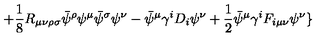
+ \frac { 1 } { 8 } R _ { \mu \nu \rho \sigma } \bar { \psi } ^ { \rho } \psi ^ { \mu } \bar { \psi } ^ { \sigma } \psi ^ { \nu } - \bar { \psi } ^ { \mu } \gamma ^ { i } D _ { i } \psi ^ { \nu } + \frac { 1 } { 2 } \bar { \psi } ^ { \mu } \gamma ^ { i } F _ { i \mu \nu } \psi ^ { \nu } \}